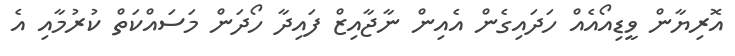
އޮރިޔާން ވީޑިއޯއެއް ހަދައިގެން އެއިން ނާޖާއިޒް ފައިދާ ހޯދަން މަސައްކަތް ކުރުމާއި އެ